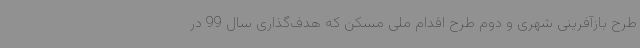
طرح بازآفرینی شهری و دوم طرح اقدام ملی مسکن که هدف‌گذاری سال 99 در